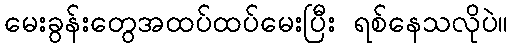
မေးခွန်းတွေအထပ်ထပ်မေးပြီး ရစ်နေသလိုပဲ။